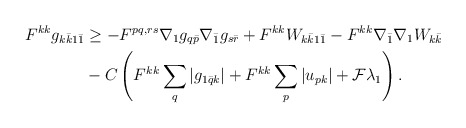
\begin{align*} \begin{aligned}F^{kk}g_{k\bar k1\bar 1} &\geq - F^{pq,rs}\nabla_1g_{q\bar p}\nabla_{\bar 1}g_{s\bar r} + F^{kk}W_{k\bar k1\bar 1} -F^{kk}\nabla_{\bar 1}\nabla_1 W_{k\bar k} \\&- C\left( F^{kk}\sum_q |g_{1\bar qk}| + F^{kk}\sum_p |u_{pk}| + \mathcal{F}\lambda_1\right). \end{aligned}\end{align*}